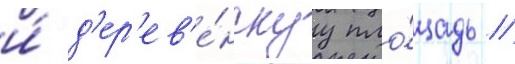
и́ д'ер'ев'е́нскуу пло́щадь //